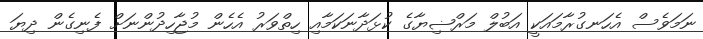
ނަމަވެސް އެހަނގުރާމައަކީ އަބުލް މަރްޟިޔާގެ ކުޅަދާނަކަމާއި ހިތްވަރު އެހެން މުޖާހިދުންނަށް ފެނިގެން ދިޔަ